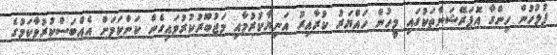
ފުލުުހުން ހިންގާ އޮޕަރޭޝަންތަކުގައި މީހުން ހައްޔަރު ކުރާއިރު އަނިޔާކުރުމާއި މަޖުބޫރުކުރުވައިގެން ކަންކަަމަށް އެއްބަސްކުރުވާކަމުގެ